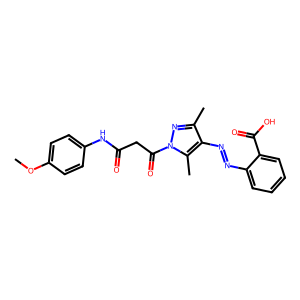
SMILES: COc1ccc(NC(=O)CC(=O)n2nc(C)c(N=Nc3ccccc3C(=O)O)c2C)cc1
Inhibits HIV replication: No